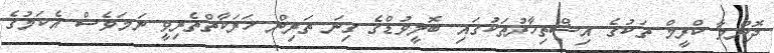
ދޮންވާ ކްރީމް ތަކުގެ އިޝްތިހާރުތަކުގައި ބޮލީވުޑްގެ ގިނަ ތަރިން ހަރަކާތްތެރިވީ ނަމަވެސް އެކަމުގެ